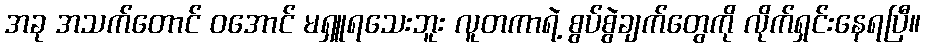
အခု အသက်တောင် ဝအောင် မရှူရသေးဘူး လူတကာရဲ့ စွပ်စွဲချက်တွေကို လိုက်ရှင်းနေရပြီ။